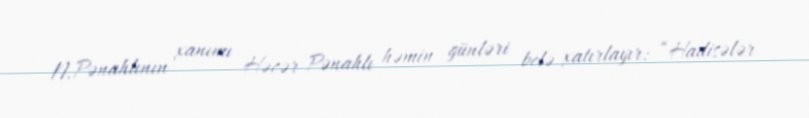
N.Pənahlının xanımı Həcər Pənahlı həmin günləri belə xatırlayır: “Hadisələr